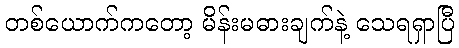
တစ်ယောက်ကတော့ မိန်းမဓားချက်နဲ့ သေရရှာပြီ